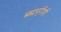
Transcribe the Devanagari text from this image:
ब्रह्मपूरीशी